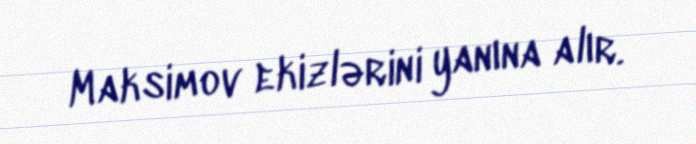
Maksimov ekizlərini yanına alır.